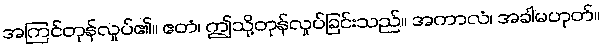
အကြင်တုန်လှုပ်၏။ ဧတံ၊ ဤသို့တုန်လှုပ်ခြင်းသည်။ အကာလံ၊ အခါမဟုတ်။